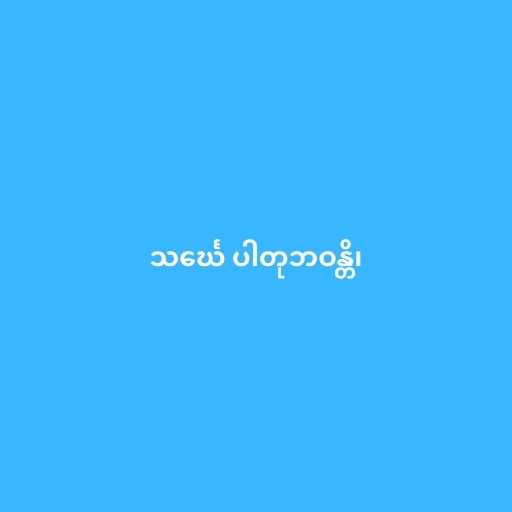
သင်္ဃေ ပါတုဘဝန္တိ၊